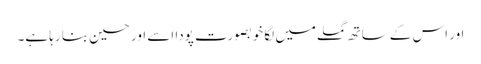
اور اس کے ساتھ گملے میں لگا خوبصورت پودا اسے اور حسین بنا رہا ہے۔